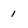
Character: 1